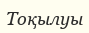
Тоқылуы